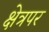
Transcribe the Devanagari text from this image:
क्षेत्रपर